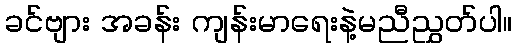
ခင်ဗျား အခန်း ကျန်းမာရေးနဲ့မညီညွှတ်ပါ။